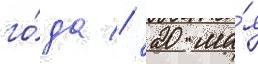
го́да // 20 ма́я